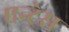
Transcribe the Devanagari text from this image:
एन्ट्रेस